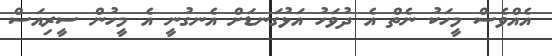
އެއްވެސް މީހަކު ނެތް އެ ދުވަހު އަޅުގަނޑަށް އެނގުނީ އެ މީހުން ސީރިއަސް